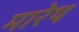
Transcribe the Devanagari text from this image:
मारेथ